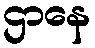
ဌာနေ